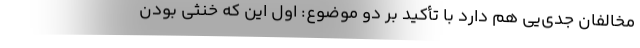
مخالفان جدی‌یی هم دارد با تأکید بر دو موضوع: اول این که خنثی بودن